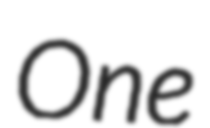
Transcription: One